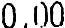
0.00